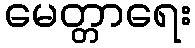
မေတ္တာရေး